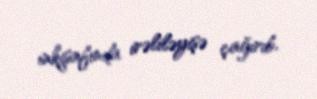
inkişafında irəliləyişə çağırıb.